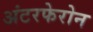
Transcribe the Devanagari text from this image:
अंटरफेरोन